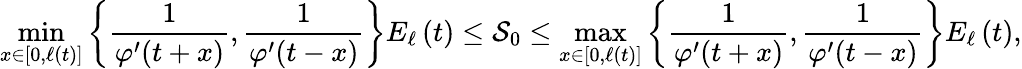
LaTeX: \operatorname*{min}_{x\in\left[0,\ell\left(t\right)\right]}\left\{ \frac{1}{\varphi^{\prime}(t+x)},\frac{1}{\varphi^{\prime}(t-x)}\right\} E_{\ell}\left(t\right)\leq\mathcal{S}_{0}\leq\operatorname*{max}_{x\in\left[0,\ell\left(t\right)\right]}\left\{ \frac{1}{\varphi^{\prime}(t+x)},\frac{1}{\varphi^{\prime}(t-x)}\right\} E_{\ell}\left(t\right),